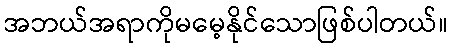
အဘယ်အရာကိုမမေ့နိုင်သောဖြစ်ပါတယ်။